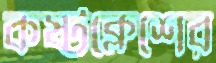
কষ্টক্লেশের